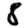
Digit: 8